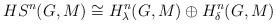
LaTeX: \begin{align*}HS^n(G,M)\cong H_\lambda^n(G,M)\oplus H^n_\delta(G,M)\end{align*}